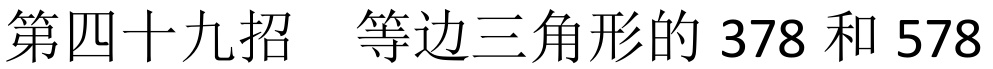
第四十九招  等边三角形的 378 和 578